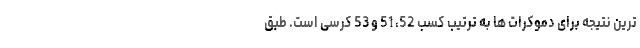
ترین نتیجه برای دموکرات ها به ترتیب کسب 52، 51 و 53 کرسی است. طبق